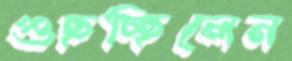
গুছচ্ছিলেন